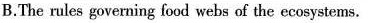
B.The rules governing food webs of the ecosystems.